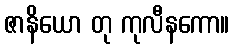
ဇာနိယော တု ကုလီနကော။